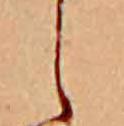
し